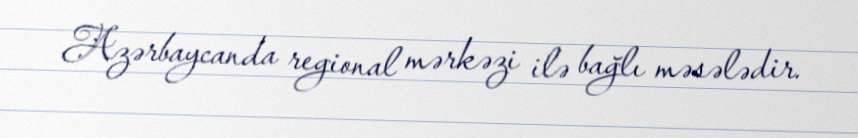
Azərbaycanda regional mərkəzi ilə bağlı məsələdir.